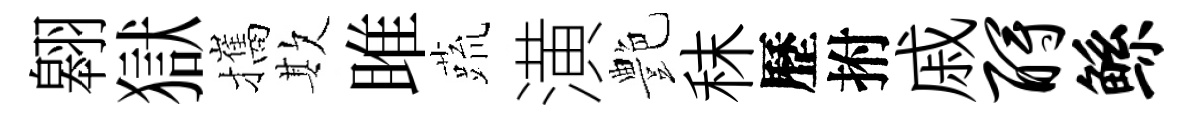
翱獄攜欺雎蔬潢艶秣歷拊戚酹鲧